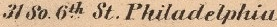
31 SO 6th St. Pluladelphia